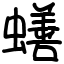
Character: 蟮